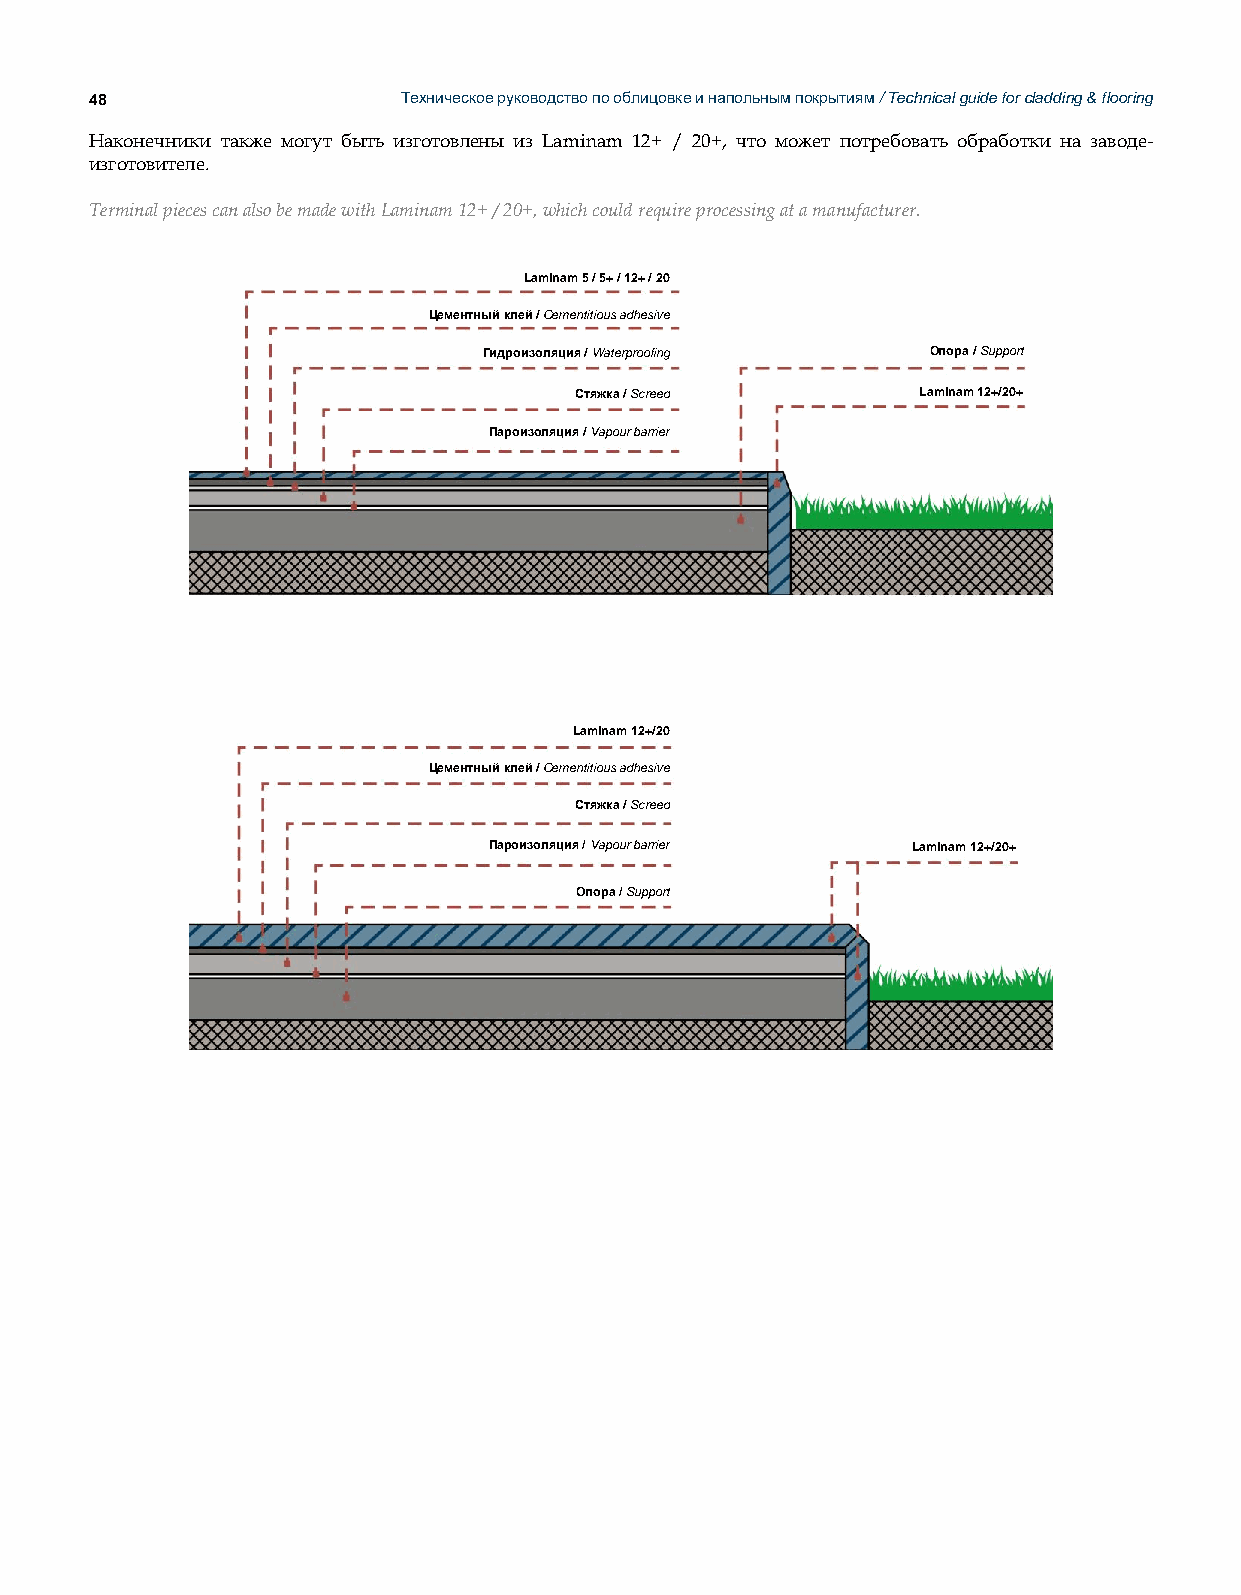
48                   Техническое руководство по облицовке и напольным покрытиям / Technical guide for cladding & flooring
 Наконечники также могут быть изготовлены из Laminam 12+ / 20+, что может потребовать обработки на заводе-
 изготовителе.
 Terminal pieces can also be made with Laminam 12+ / 20+, which could require processing at a manufacturer.
 Laminam 5 / 5+ / 12+ / 20
 Цементный клей / Cementitious adhesive
 Гидроизоляция / Waterproofing Опора / Support
 Стяжка / Screed        Laminam 12+/20+
 Пароизоляция / Vapour barrier
 Laminam 12+/20
 Цементный клей / Cementitious adhesive
 Стяжка / Screed
 Пароизоляция / Vapour barrier Laminam 12+/20+
 Опора / Support